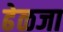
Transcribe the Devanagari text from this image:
ढेळजा